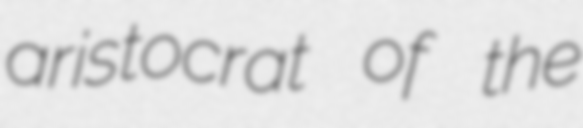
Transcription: aristocrat of the